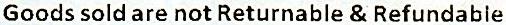
GOODS SOLD ARE NOT RETURNABLE & REFUNDABLE